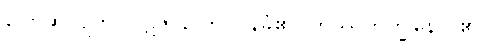
ပြောဆိုလျက်။ ပဋိဇာနာတိ၊ ဝန်ခံ၏။ တဿဘိက္ခုနော၊ ၏။